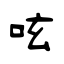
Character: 呟